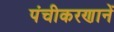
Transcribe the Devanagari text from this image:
पंचीकरणानें